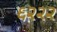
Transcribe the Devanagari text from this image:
६२२२